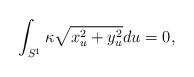
LaTeX: \begin{align*}\int_{S^{1}}\kappa\sqrt{x_{u}^{2}+y_{u}^{2}}du=0,\end{align*}